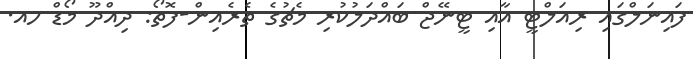
ފައިނަލްގައި ރިއަލްޓީ އާއި ޓީނޭޖް ބައްދަލުކުރި މެޗުގެ ތެރެއިން-ފޮތޯ: ދިއްދޫ މޯޑް ހއ.